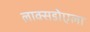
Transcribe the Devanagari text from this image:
लाक्सडोएला